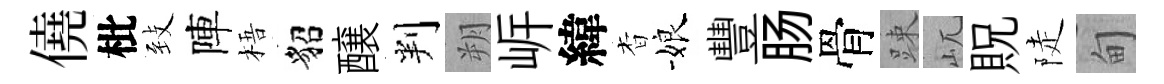
僥枇𦤺陣梧貂醸判朔㟁緯杳娘豐肠骨踈屼貺陡甸